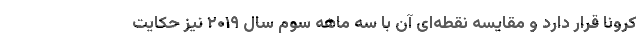
کرونا قرار دارد و مقایسه نقطه‌ای آن با سه ماهه سوم سال ۲۰۱۹ نیز حکایت